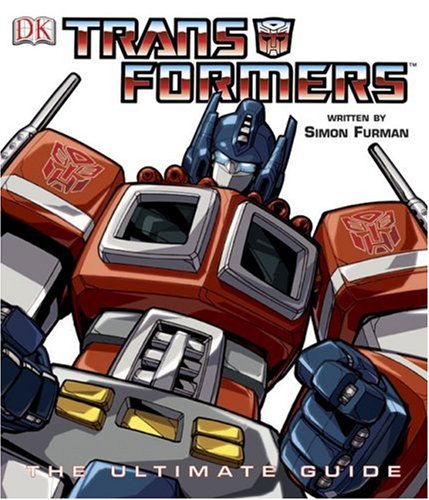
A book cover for Transformers: The Ultimate Guide; Simon Furman; Children's Books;